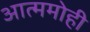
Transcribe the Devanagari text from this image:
आत्ममोही